Vaccination in Burma 1889-1999 - 1889-1999
Year: 1889
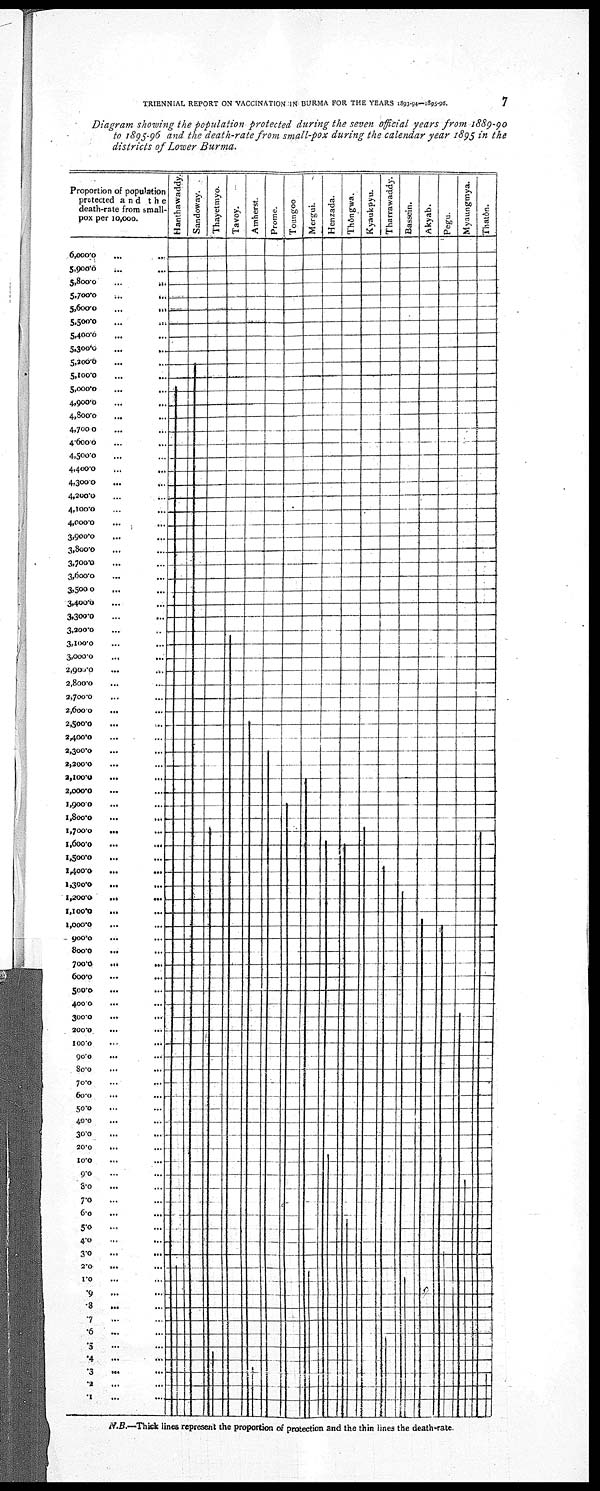
TRIENNIAL REPORT ON VACCINATION IN BURMA FOR THE YEARS 1893-94—1895-96.
7
Diagram showing the population protected during the seven official years from 1889-90
to 1895-96 and the death-rate from small-pox during the calendar year 1895 in the
districts of Lower Burma.
N.B.—Thick lines represent the proportion of protection and the thin lines the death-rate.